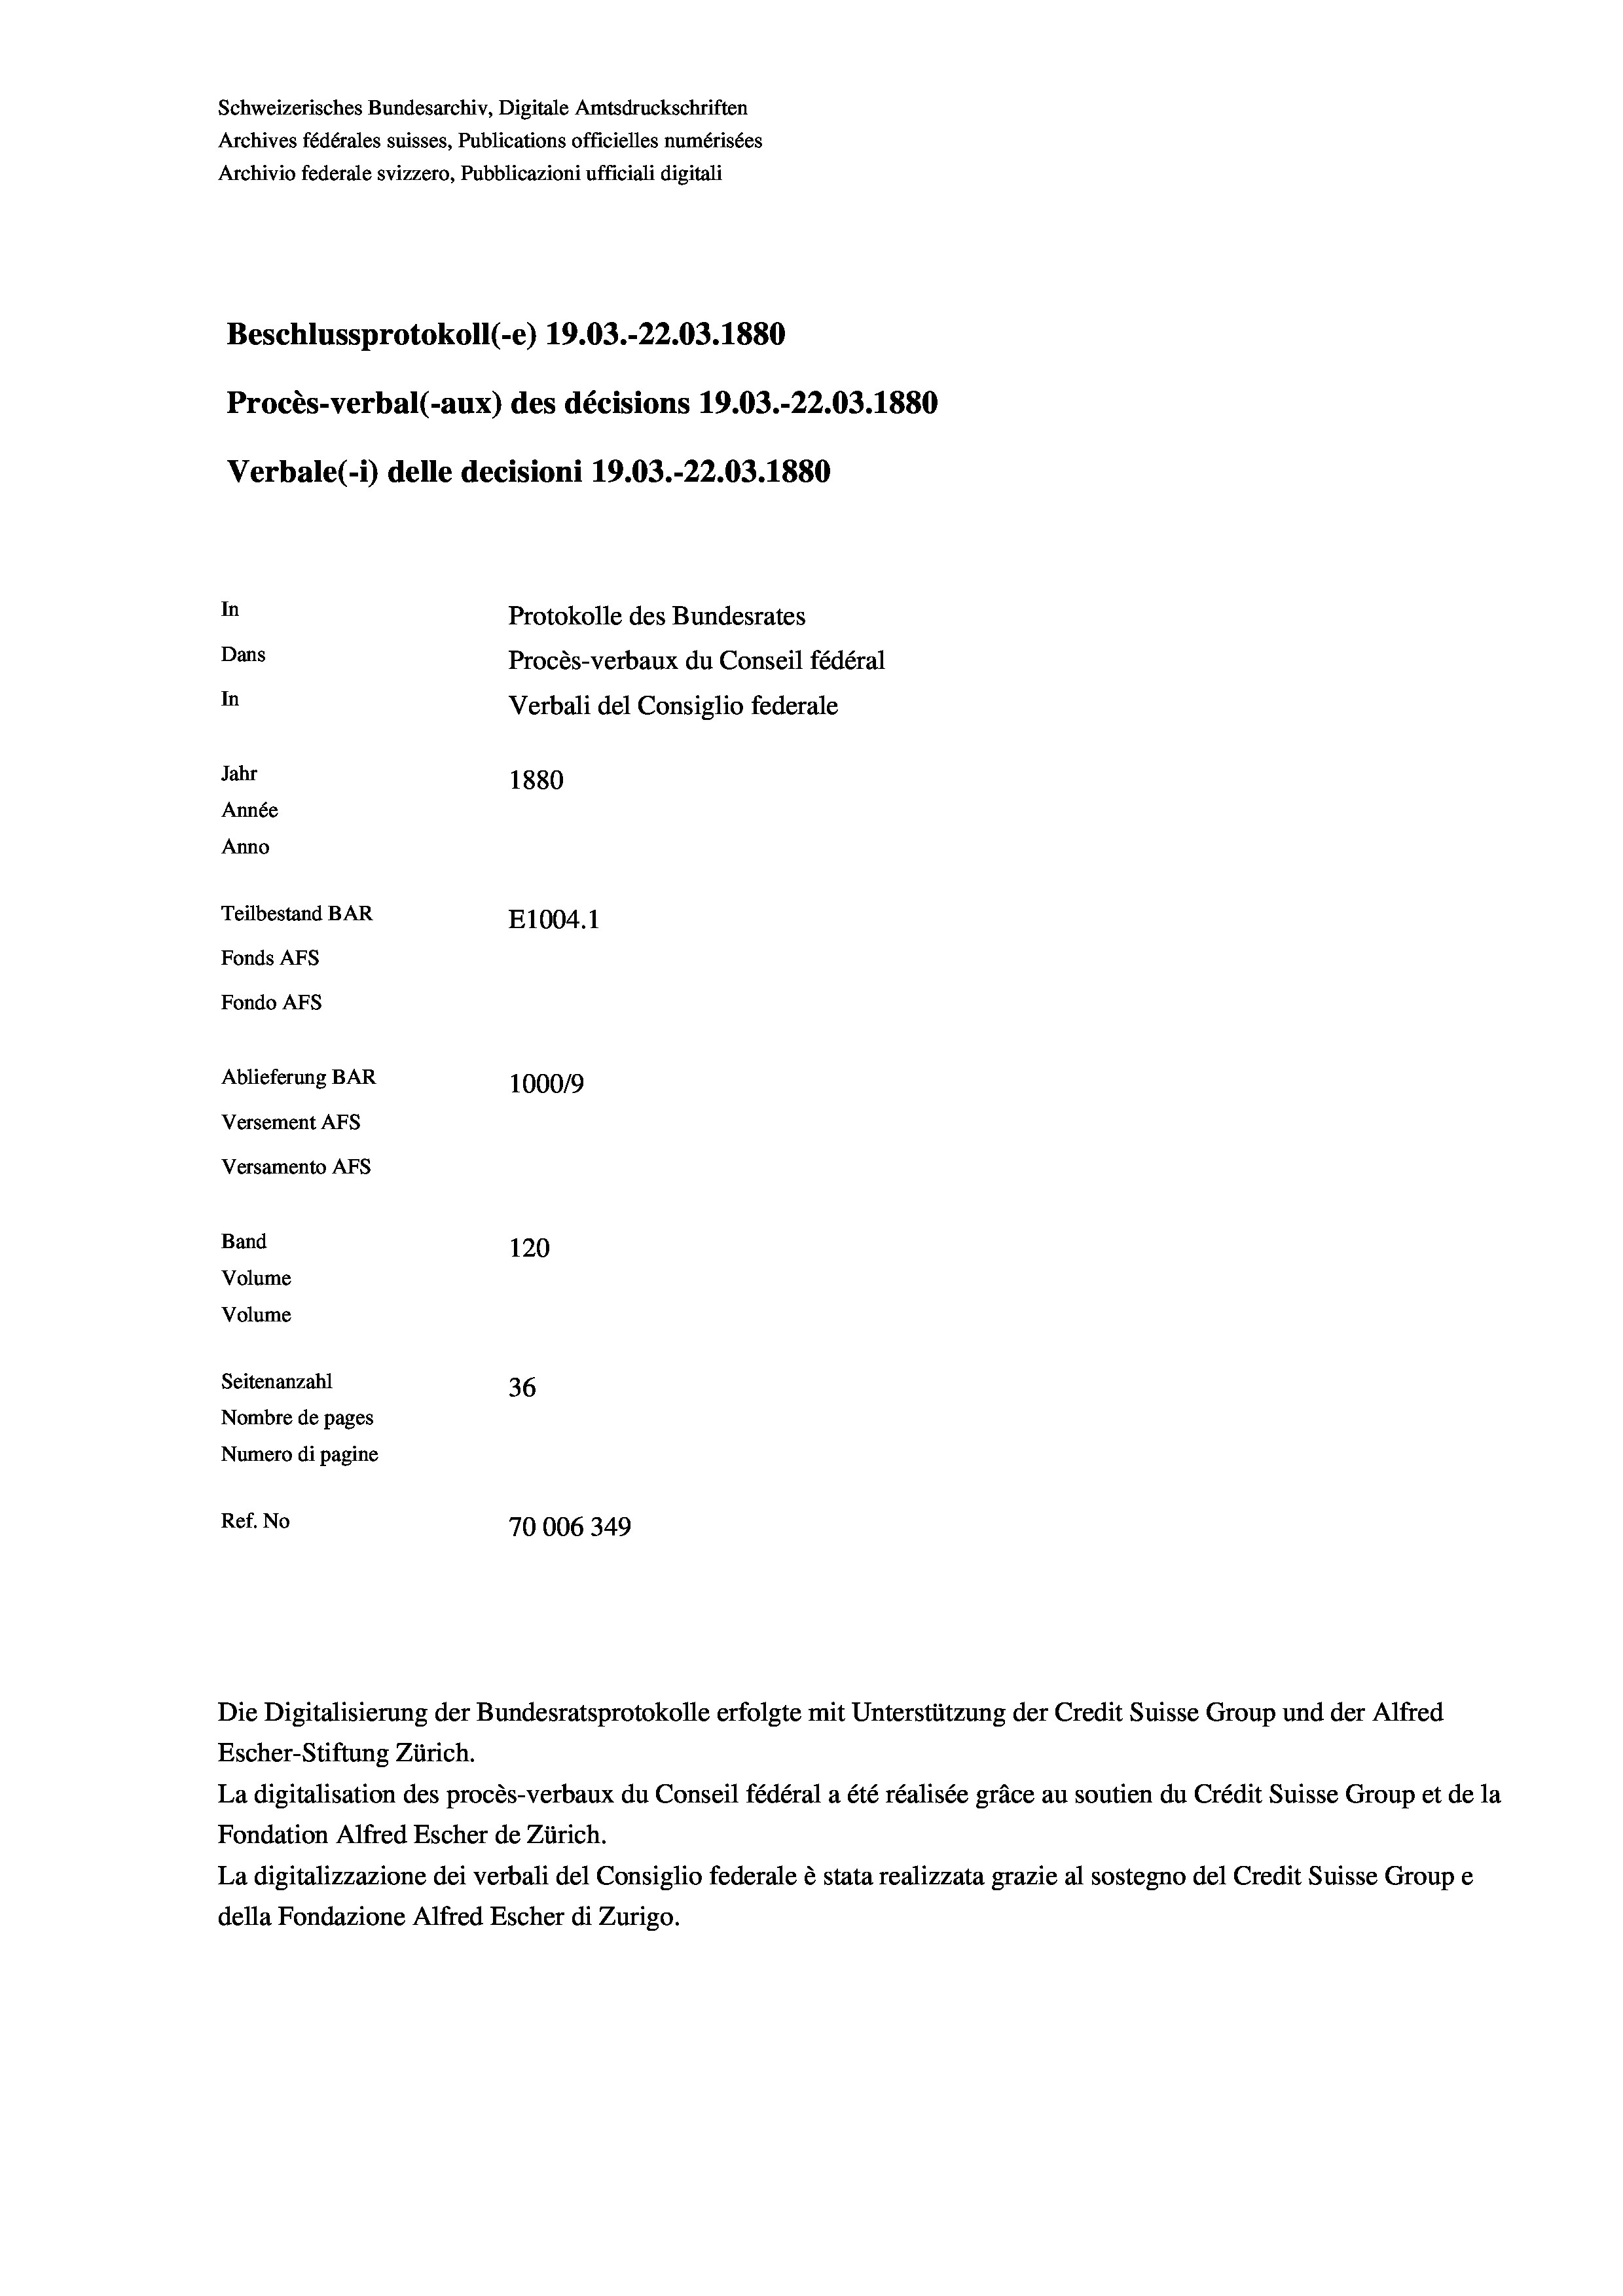
Schweizerisches Bundesarchiv, Digitale Amtsdruckschriften
Archives fédérales suisses, Publications officielles numérisées
Archivio federale svizzero, Pubblicazioni ufficiali digitali
Beschlussprotokoll (e) 19.03.-22.03. 1880
Procès-verbal (-aux) des décisions 19.03.-22.03. 1880
Verbale(-*) delle decisioni 19.03.-22.03. 1880
In
Protokolle des Bundesrates
Dans
Procès-verbaux du Conseil fédéral
In
Verbali del Consiglio federale
Jahr
1880
Année
Anno
Teilbestand BAR
E1004.1
Fonds AFs
Fondo AFS
Ablieferung BAR
100019
Versement AFs
Versamento AFs
Band
120
Volume
Volume

Seitenanzahl
36
Nombre de pages
Numero di pagine
Ref. No
70006349

Escher-Stiftung Zürich.
La digitalisation des procès-verbaux du Conseil fédéral a été réalisée gräce au soutien du Crédit Suisse Group et de la
Fondation Alfred Escher de Zürich.
La digitalizzazione dei verbali del Consiglio federale è stata realizzata grazie al sostegno del Credit Suisse Groupe
della Fondazione Alfred Escher di Zurigo.

Die Digitalisierung der Bundesratsprotokolle erfolgte mit Unterstützung der Credit Suisse Group und der Alfred